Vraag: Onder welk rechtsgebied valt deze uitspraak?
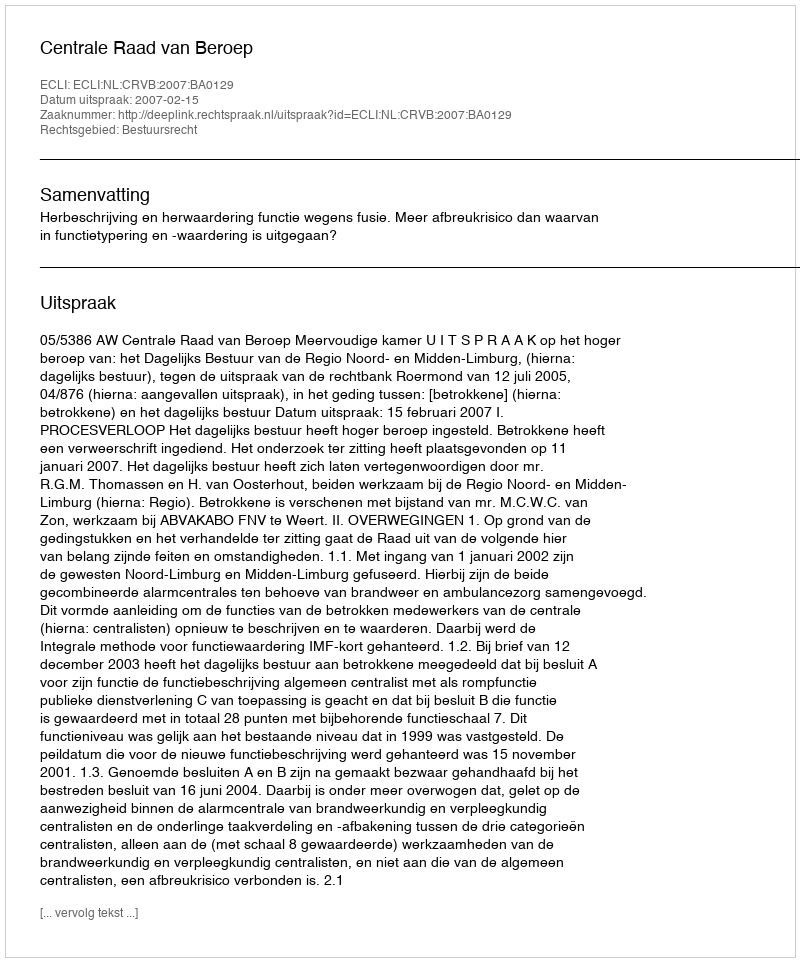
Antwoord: Bestuursrecht